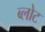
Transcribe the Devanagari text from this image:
ब्लोट